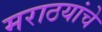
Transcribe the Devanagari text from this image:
मराठयांचे